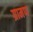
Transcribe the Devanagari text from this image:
ग्रामण